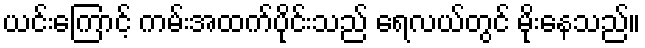
ယင်းကြောင့် ကမ်းအထက်ပိုင်းသည် ရေလယ်တွင် မိုးနေသည်။